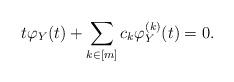
LaTeX: \begin{align*} t \varphi_Y(t) + \sum_{k \in [m]} c_k \varphi_Y^{(k)}(t) = 0.\end{align*}